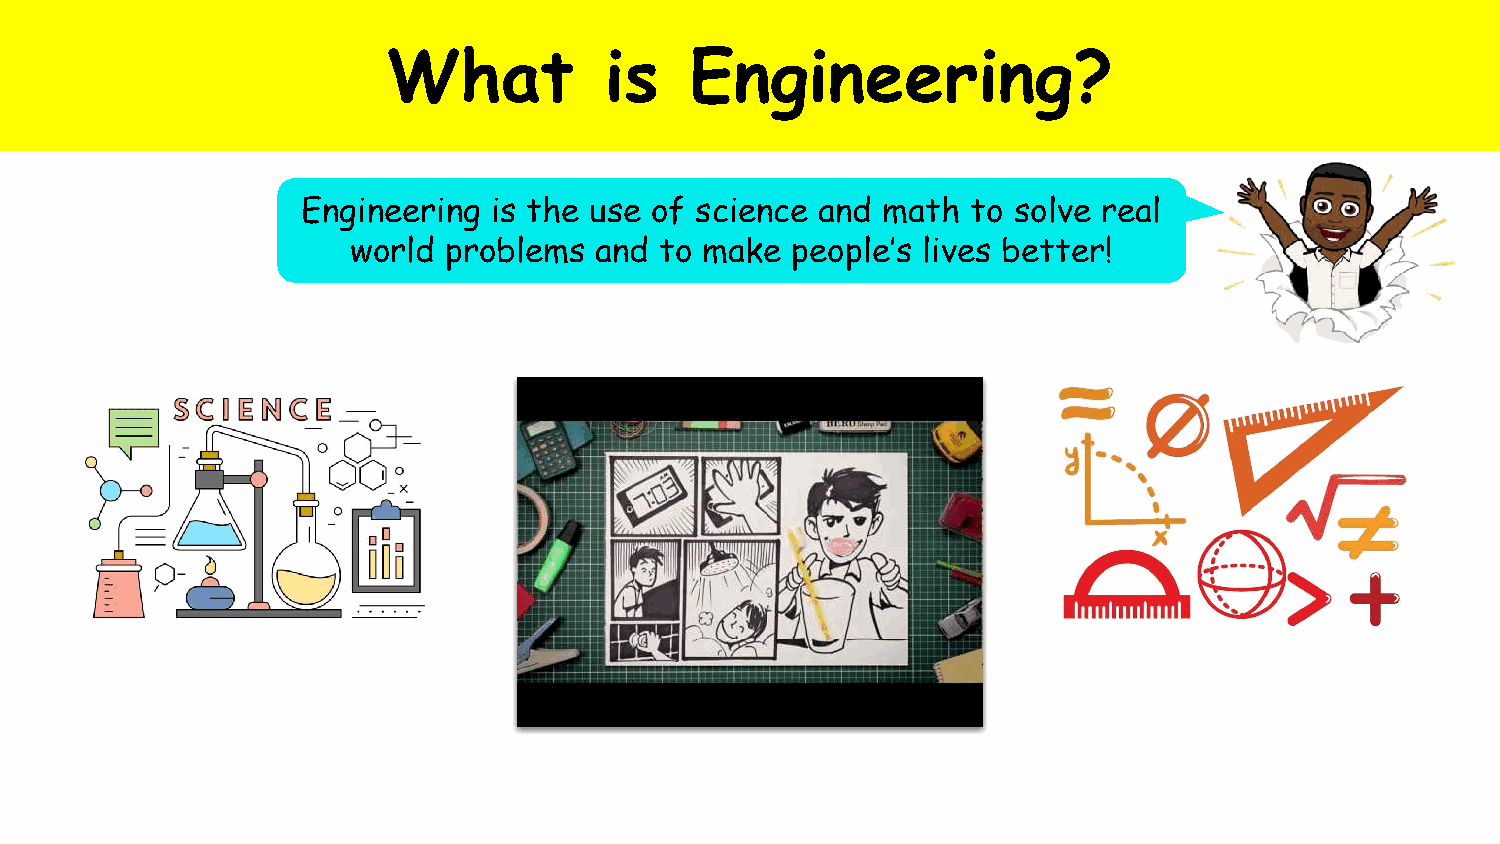
What          is    Engineering?
 Engineering is the use of science and math  to solve real
 world problems  and  to make people’s lives better!